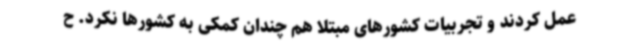
عمل کردند و تجربیات کشورهای مبتلا هم چندان کمکی به کشورها نکرد. ح